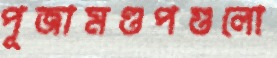
পূজামণ্ডপগুলো